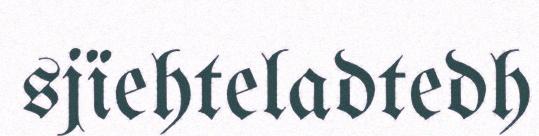
sjïehteladtedh